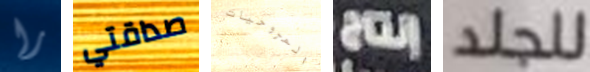
را صداقتي المروحيات إنتاج للجلد